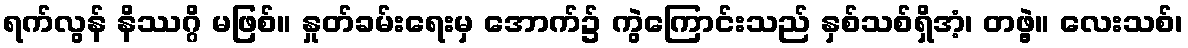
ရက်လွန် နိဿဂ္ဂိ မဖြစ်။ နှုတ်ခမ်းရေးမှ အောက်၌ ကွဲကြောင်းသည် နှစ်သစ်ရှိအံ့၊ တဖွဲ့။ လေးသစ်၊